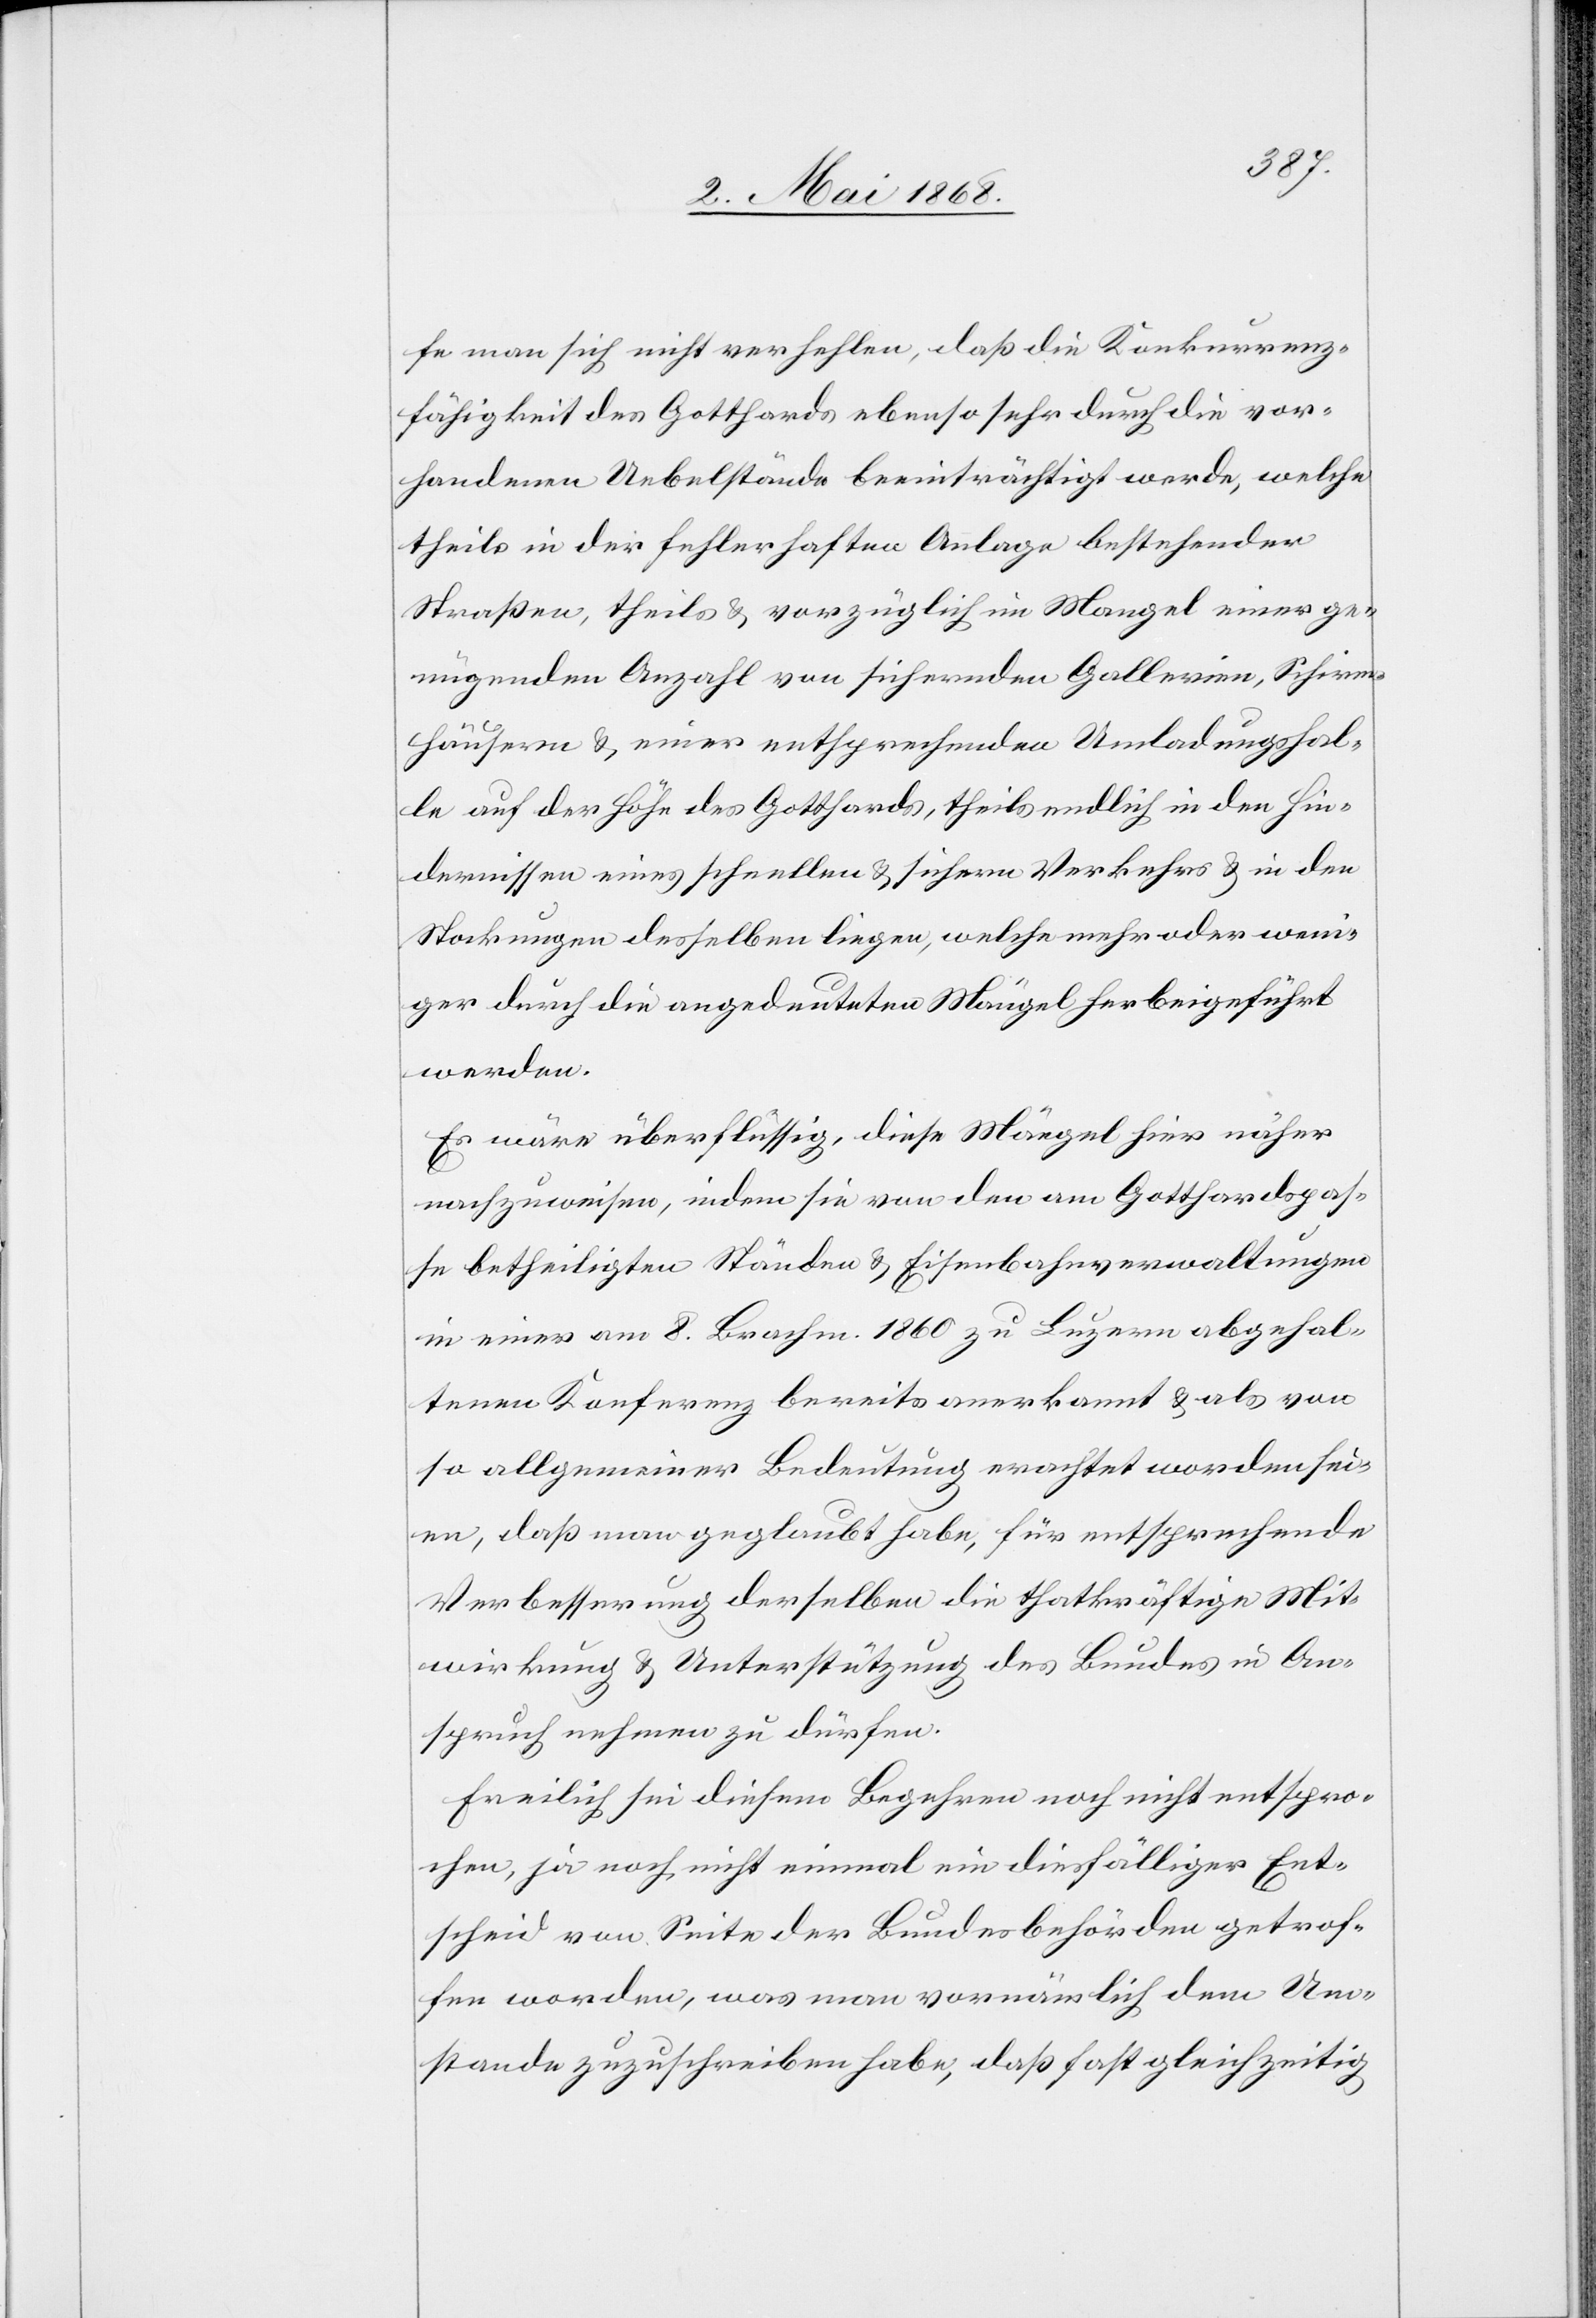
fe man sich nicht verhehlen, daß die Konkurrenz¬
fähigkeit des Gotthards ebenso sehr durch die vor¬
handenen Uebelstände beeinträchtigt werde, welche
theils in der fehlerhaften Anlage bestehender
Straßen, theils & vorzüglich im Mangel einer ge¬
nügenden Anzahl von sichernden Gallerien, Schirm¬
häusern & einer entsprechenden Umladungshal¬
le auf der Höhe des Gotthards, theils endlich in den Hin¬
dernissen eines schnellen & sichern Verkehrs & in den
Stockungen desselben liegen, welche mehr oder weni¬
ger durch die angedeuteten Mängel herbeigeführt
werden.
Es wäre überflüssig, diese Mängel hier näher
nachzuweisen, indem sie von den am Gotthardspas¬
se betheiligten Ständen & Eisenbahnverwaltungen
in einer am 8. Brachm. 1860 zu Luzern abgehal¬
tenen Konferenz bereits anerkannt & als von
so allgemeiner Bedeutung erachtet worden sei¬
en, daß man geglaubt habe, für entsprechende
Verbesserung derselben die thatkräfige Mit¬
wirkung & Unterstützung des Bundes in An¬
spruch nehmen zu dürfen.
Freilich sei diesem Begehren noch nicht entspro¬
chen, ja noch nicht einmal ein diesfälliger Ent¬
scheid von Seite der Bundesbehörden getrof¬
fen worden, was man vornämlich dem Um¬
stande zuzuschreiben habe, daß fast gleichzeitig